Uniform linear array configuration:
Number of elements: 12
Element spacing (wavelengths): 0.25
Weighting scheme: binomial
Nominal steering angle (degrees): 0
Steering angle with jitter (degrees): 1.28
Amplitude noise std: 0.05
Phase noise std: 0.05

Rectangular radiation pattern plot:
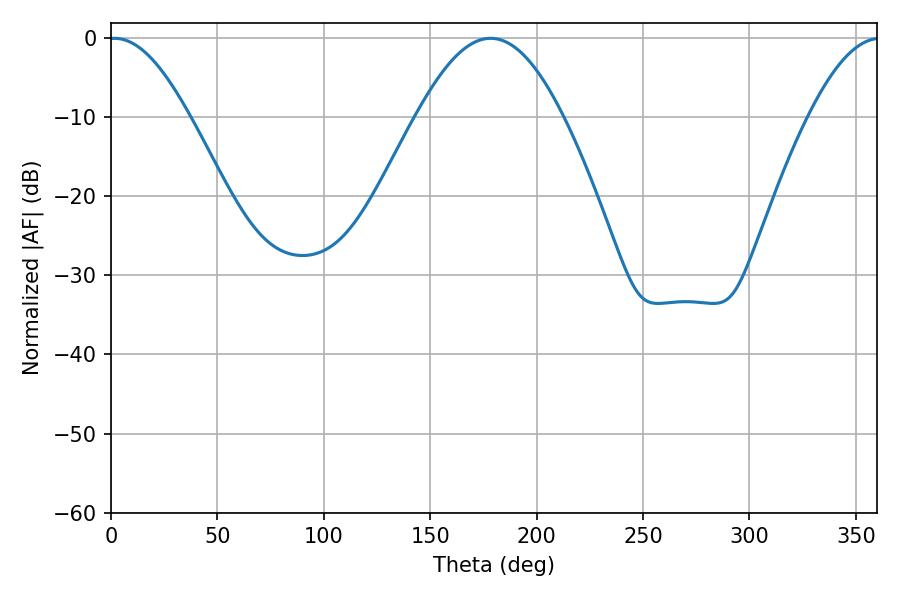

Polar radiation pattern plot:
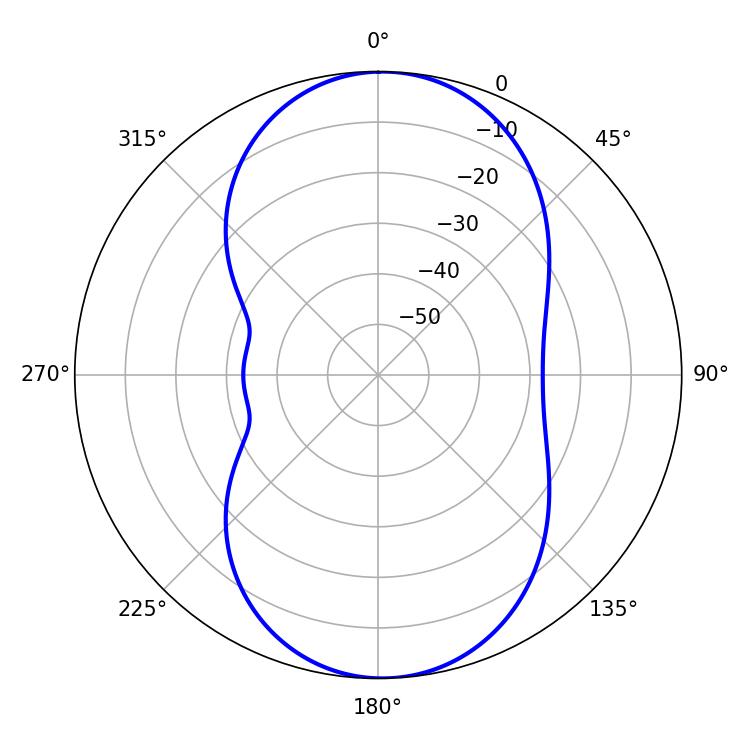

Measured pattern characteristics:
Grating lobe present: FALSE
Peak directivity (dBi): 15.81
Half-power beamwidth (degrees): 20.52
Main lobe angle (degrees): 1.62